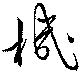
機